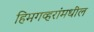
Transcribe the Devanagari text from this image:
हिमगव्हरांमधील